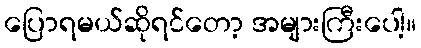
ပြောရမယ်ဆိုရင်တော့ အများကြီးပေါ့။